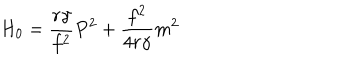
LaTeX: H _ { 0 } = \frac { r { \gamma } } { f ^ { 2 } } P ^ { 2 } + \frac { f ^ { 2 } } { 4 r { \gamma } } m ^ { 2 }